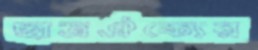
ছাত্রঐক্যের